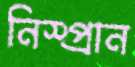
নিস্প্রান